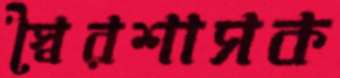
স্বৈরশাসক